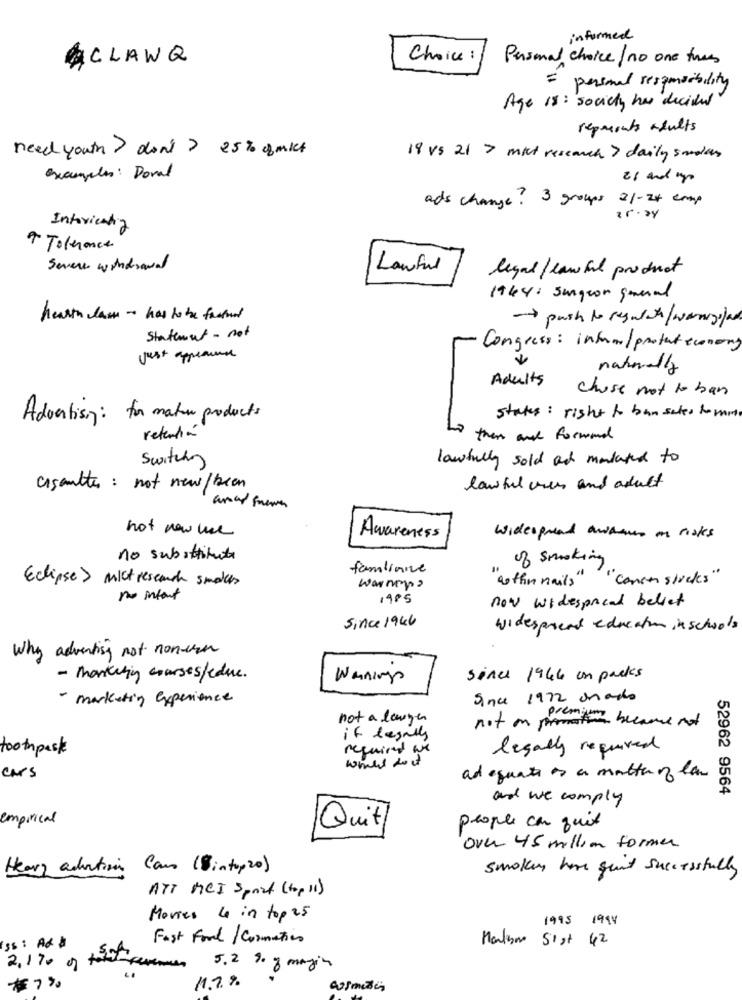
informed
ACLAWQ
Choice:
Personal choice/ no one times
=
personal responsibility
Age is : society has decided"
reparents adults
need youth > don't ? 25% ofmit
19 VS 21 7 mkt research> daily smolar
examples: Doval
28 and p
ads change? 3 groups 21-24 emp
Intoxicating
9 Tolerance
Severe withdrawal
Lawful
legal/ lawful product
1944: surgeon general
hearth law - has to be fastund
> push to regulate / wanyglad
Statement - not
Congress : infra/ protect economy
just applause
naturally
Adults
chose not to ban
states : right to ban sales to mme
Advertising: for mater products
retention
na then and formand
Switching
lawfully sold at mandated to
cisantles : not new / been
lawful vier and adult
not now we
Awareness
widespread awans on risks
no substitute
of smoking
familiaire
Eclipse> Mich research smaker
sothin nails""concen sticks"
warmup?
no intent
1985
now widespread belief
Since 1946
widespread education in schools
Why adventiny not non-van
- Marketing courses/educ.
Warning
since 1944 un packs
- marketing experience
Since 1972 Mhands
not a lawyer
not on pormaten became not
if legally
toothpack
required we
legally required
whats do it
cars
adequate as a matter of lav
52962 9564
and we comply
empirical
Quit
people can quit
Over 45 million former
Heavy adution Cano (8 intop 20)
smokers have sunt successfully
ATT MCI Sport (top 11)
Movies le in top25
1995 1994
Fast Food / Cosmetics
Marisa Sist 42
rss : Ad
2.170 0 +=
5.2 % of magic
*7%
11,7%